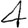
Digit: 4